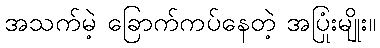
အသက်မဲ့ ခြောက်ကပ်နေတဲ့ အပြုံးမျိုး။